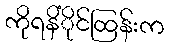
ကိုရနိံိုင်ထြန်းက